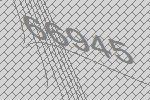
66945